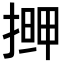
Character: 𭡹